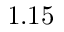
1 . 1 5